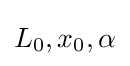
L_{0},x_{0},\alpha